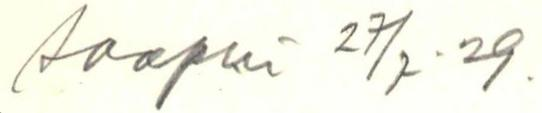
saapui 27/7.29.